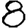
Digit: 8